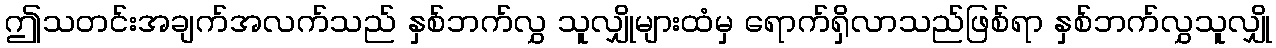
ဤသတင်းအချက်အလက်သည် နှစ်ဘက်လွှ သူလျှိုများထံမှ ရောက်ရှိလာသည်ဖြစ်ရာ နှစ်ဘက်လွှသူလျှို